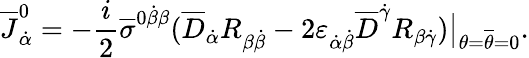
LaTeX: \overline{{J}}_{\dot{\alpha}}^{0}=-{\frac{i}{2}}\overline{{\sigma}}^{0\dot{\beta}\beta}(\overline{{D}}_{\dot{\alpha}}R_{\beta\dot{\beta}}-2\varepsilon_{\dot{\alpha}\dot{\beta}}\overline{{D}}^{\dot{\gamma}}R_{\beta\dot{\gamma}})\bigr|_{\theta=\overline{{\theta}}=0}.